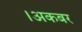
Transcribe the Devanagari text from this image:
।अकबर